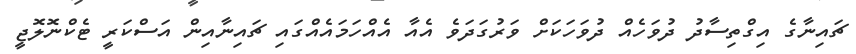
ޗައިނާގެ އިގްތިސާދު ދުވަހެއް ދުވަހަކަށް ވަރުގަދަވެ އެއާ އެއްހަމައެއްގައި ޗައިނާއިން އަސްކަރީ ޓެކްނޮލޮޖީ